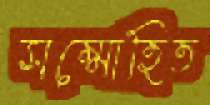
সম্মোহিত